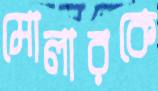
মোলারকে